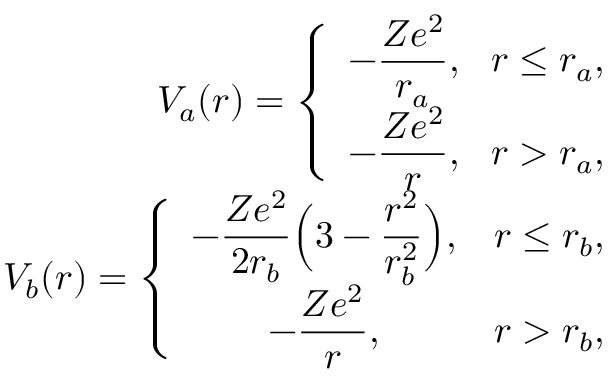
\begin{array} { r l r } & { } & { V _ { a } ( r ) = \left\{ \begin{array} { l l } { \displaystyle - \frac { Z e ^ { 2 } } { r _ { a } } , \ \ r \le r _ { a } , } \\ { \displaystyle - \frac { Z e ^ { 2 } } { r } , \ \ r > r _ { a } , } \end{array} \right. } \\ & { } & { V _ { b } ( r ) = \left\{ \begin{array} { c c } { \displaystyle - \frac { Z e ^ { 2 } } { 2 r _ { b } } \Big ( 3 - \frac { r ^ { 2 } } { r _ { b } ^ { 2 } } \Big ) , } & { r \le r _ { b } , } \\ { \displaystyle - \frac { Z e ^ { 2 } } { r } , } & { r > r _ { b } , } \end{array} \right. } \end{array}